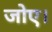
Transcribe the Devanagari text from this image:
जोए।